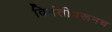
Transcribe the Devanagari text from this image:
विनंतीवरूनच